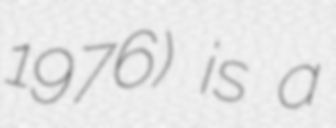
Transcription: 1976) is a